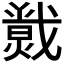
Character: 𱬛